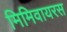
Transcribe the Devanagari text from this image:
मिमिवायरस